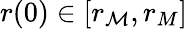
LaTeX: r(0)\in[r_{\mathcal{M}},r_{M}]